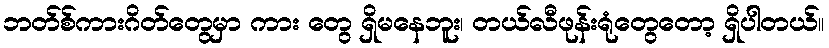
ဘတ်စ်ကားဂိတ်တွေမှာ ကား တွေ ရှိမနေဘူး၊ တယ်လီဖုန်းရုံတွေတော့ ရှိပါတယ်။